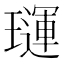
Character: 璭